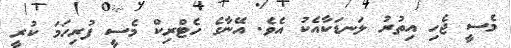
މެސީ ޖެހި އިތުރު ލަނޑަކާއެކު އެވެ. އޭނާގެ ހެޓްރިކް މެސީ ފުރިހަމަ ކުރީ